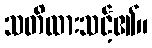
သတိထားသင့်၏။